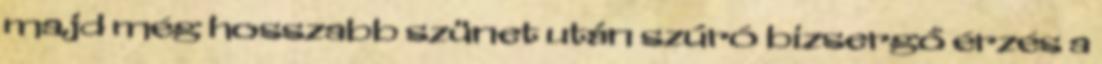
majd még hosszabb szünet után szúró bizsergő érzés a